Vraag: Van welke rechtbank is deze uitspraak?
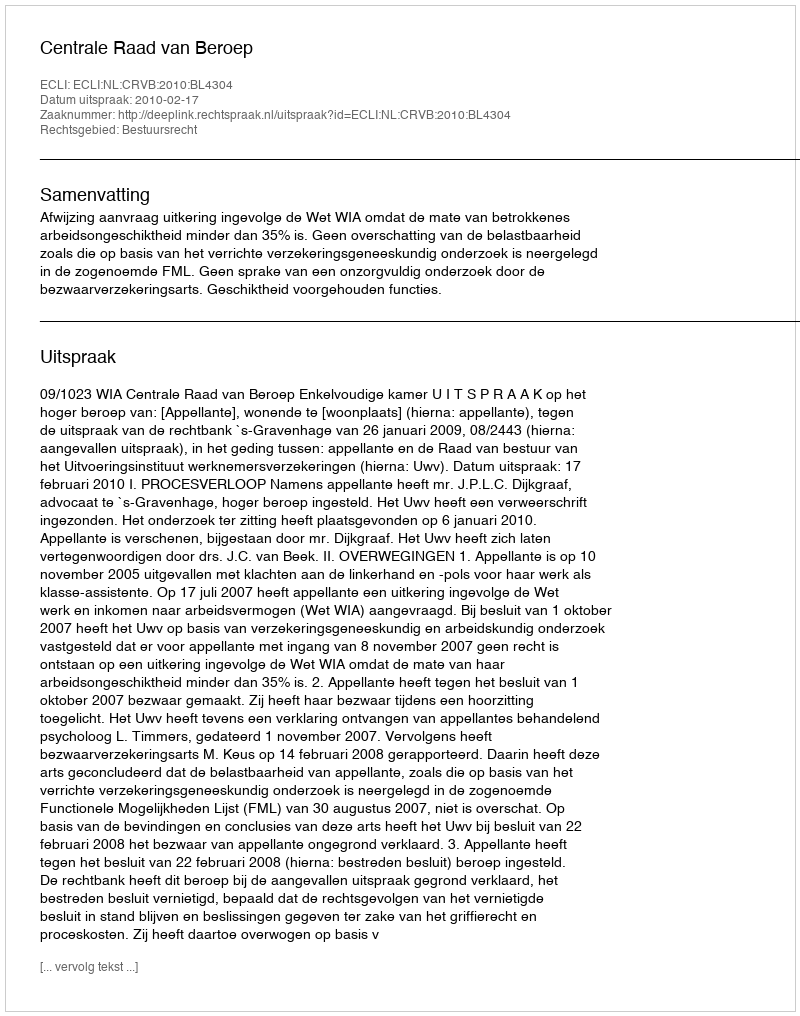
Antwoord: Centrale Raad van Beroep